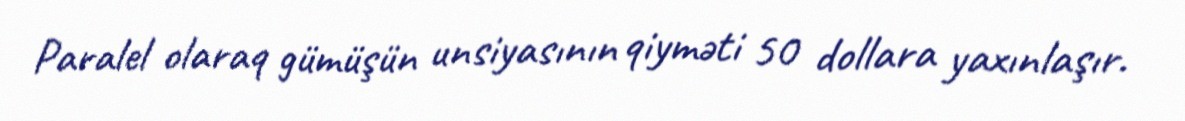
Paralel olaraq gümüşün unsiyasının qiyməti 50 dollara yaxınlaşır.